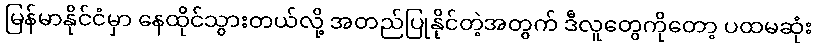
မြန်မာနိုင်ငံမှာ နေထိုင်သွားတယ်လို့ အတည်ပြုနိုင်တဲ့အတွက် ဒီလူတွေကိုတော့ ပထမဆုံး